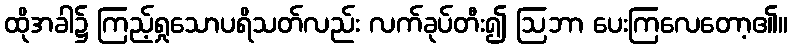
ထိုအခါ၌ ကြည့်ရှုသောပရိသတ်လည်း လက်ခုပ်တီး၍ ဩဘာ ပေးကြလေတော့၏။